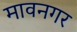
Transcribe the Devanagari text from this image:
मावनगर